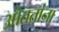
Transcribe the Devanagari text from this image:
ओततांना